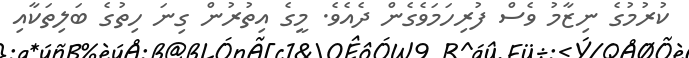
ކުރުމުގެ ނިޒާމު ވެސް ފުރިހަމަވެގެން ދެއެވެ. މީގެ އިތުރުން ގިނަ ހިތުގެ ބަލިތަކާއި